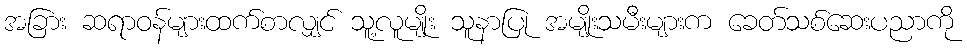
အခြား ဆရာဝန်များထက်စာလျှင် သူ့လူမျိုး သူနာပြု အမျိုးသမီးများက ခေတ်သစ်ဆေးပညာကို